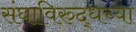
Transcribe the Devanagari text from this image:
संघाविरुद्धच्या